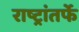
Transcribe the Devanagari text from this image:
राष्ट्रांतर्फे